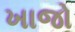
ખાજો